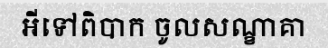
អីទៅពិបាក ចូលសណ្ខាគា